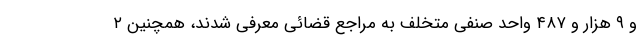
و ۹ هزار و ۴۸۷ واحد صنفی متخلف به مراجع قضائی معرفی شدند، همچنین ۲